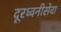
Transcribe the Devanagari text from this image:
दूरध्वनीसेवा